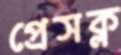
প্রেসক্ল